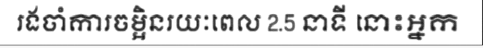
រងចាំការចម្អិនរយៈពេល 2.5 នាទី នោះអ្នក